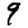
Digit: 9